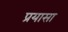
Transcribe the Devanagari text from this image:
प्रयासा